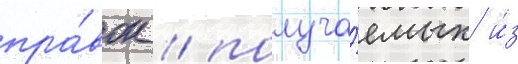
пра́вок / получа́емых и́з